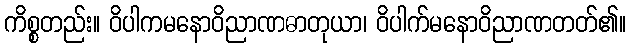
ကိစ္စတည်း။ ဝိပါကမနောဝိညာဏဓာတုယာ၊ ဝိပါက်မနောဝိညာဏတတ်၏။